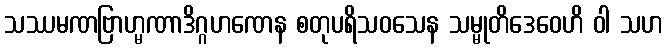
သဿမဏဗြာဟ္မဏာဒိဂ္ဂဟဏေန စတုပရိသဝသေန သမ္မုတိဒေဝေဟိ ဝါ သဟ